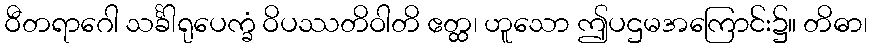
ဝီတရာဂေါ သင်္ခါရုပေက္ခံ ဝိပဿတိဝါတိ ဧတ္ထ၊ ဟူသော ဤပဌမအကြောင်း၌။ တိဓာ၊